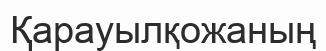
Қарауылқожаның